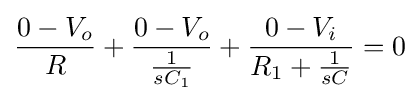
{\frac {0-V_{o}}{R}}+{\frac {0-V_{o}}{\frac {1}{sC_{1}}}}+{\frac {0-V_{i}}{R_{1}+{\frac {1}{sC}}}}=0